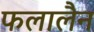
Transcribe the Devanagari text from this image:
फलालैन